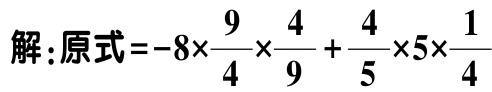
解：原式\(=-8\times\frac{9}{4}\times\frac{4}{9}+\frac{4}{5}\times5\times\frac{1}{4}\)